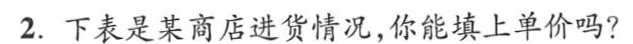
2.下表是某商店进货情况，你能填上单价吗?